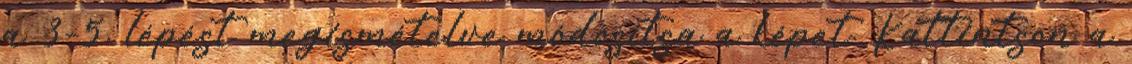
a 3–5. lépést megismételve módosítsa a képet. Kattintson a